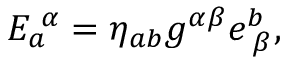
E _ { a } ^ { \, \, \alpha } = \eta _ { a b } g ^ { \alpha \beta } e _ { \, \, \beta } ^ { b } ,